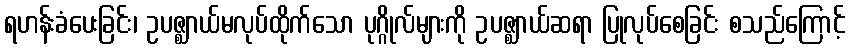
ရဟန်းခံပေးခြင်း၊ ဥပဇ္ဈာယ်မလုပ်ထိုက်သော ပုဂ္ဂိုလ်များကို ဥပဇ္ဈာယ်ဆရာ ပြုလုပ်စေခြင်း စသည်ကြောင့်